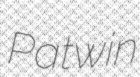
Patwin